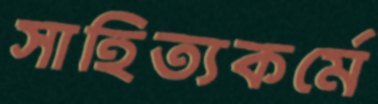
সাহিত্যকর্মে